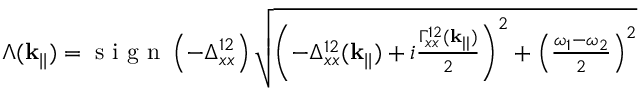
\begin{array} { r } { \Lambda ( \mathbf { k } _ { | | } ) = \textrm { s i g n } \left( - \Delta _ { x x } ^ { 1 2 } \right) \sqrt { \left( - \Delta _ { x x } ^ { 1 2 } ( \mathbf { k } _ { | | } ) + i \frac { \Gamma _ { x x } ^ { 1 2 } ( \mathbf { k } _ { | | } ) } { 2 } \right) ^ { 2 } + \left( \frac { \omega _ { 1 } - \omega _ { 2 } } { 2 } \right) ^ { 2 } } } \end{array}